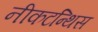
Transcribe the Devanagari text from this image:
नीकटन्थिस